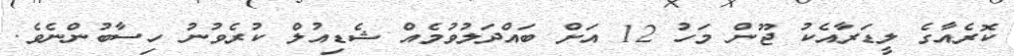
ކޮރެއާގެ ލީޑަރާއެކު ޖޫން މަހު 12 އަށް ބައްދަލުވުމެއް ޝެޑިއުލް ކުރެވުނު ހިސާބުންނެވެ.